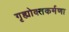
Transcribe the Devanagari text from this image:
गृह्योक्तकर्मणा